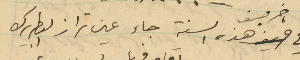
في اخر صيف هذه السنة جاء عين تراز البطريرك